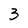
Character: 3